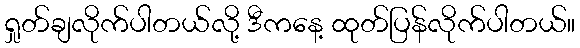
ရှုတ်ချလိုက်ပါတယ်လို့ ဒီကနေ့ ထုတ်ပြန်လိုက်ပါတယ်။